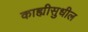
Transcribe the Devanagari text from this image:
काह्यीसुधील